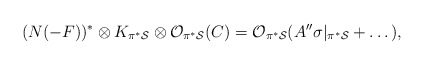
\begin{align*}(N(-F))^{*}\otimes K_{\pi^* {\cal S}}\otimes {\cal O}_{\pi^* {\cal S}}(C) ={\cal O}_{\pi^{*}{\cal S}}(A^{\prime \prime} \sigma|_{\pi^* {\cal S}}+ \dots ),\end{align*}